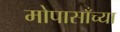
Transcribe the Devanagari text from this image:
मोपासाँच्या